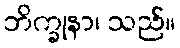
ဘိက္ခုနာ၊ သည်။